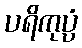
ပရိကုပ္ပံ